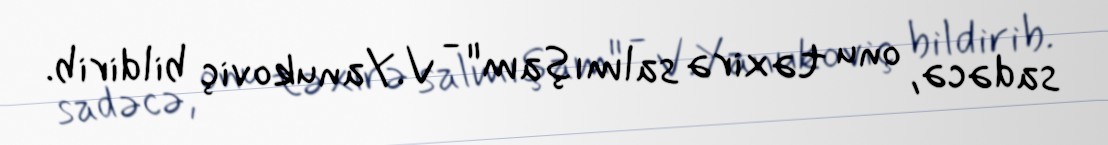
sadəcə, onu təxirə salmışam" - V.Yanukoviç bildirib.